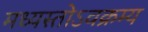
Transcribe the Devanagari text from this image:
मध्यस्तोऽवक्रम्य